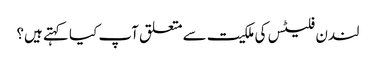
لندن فلیٹس کی ملکیت سے متعلق آپ کیا کہتے ہیں؟